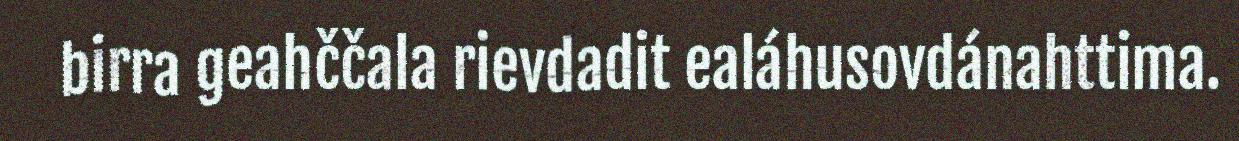
birra geahččala rievdadit ealáhusovdánahttima.